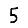
Digit: 5